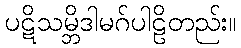
ပဋိသမ္ဘိဒါမဂ်ပါဠိတည်း။